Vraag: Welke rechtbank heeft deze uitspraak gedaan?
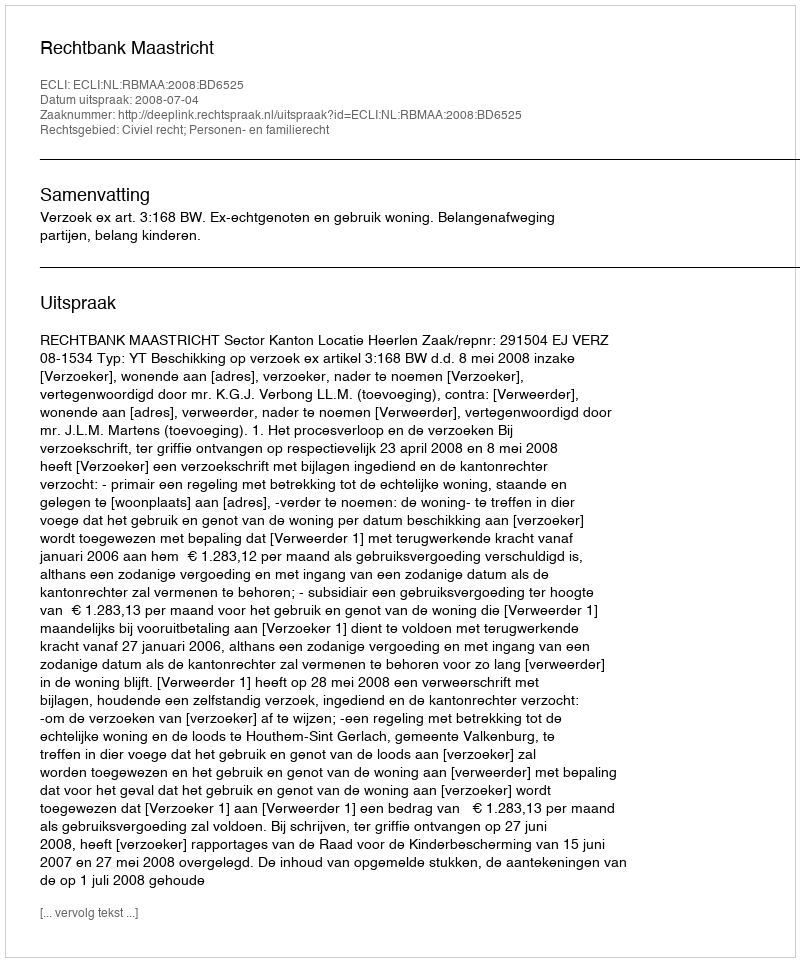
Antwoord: Rechtbank Maastricht